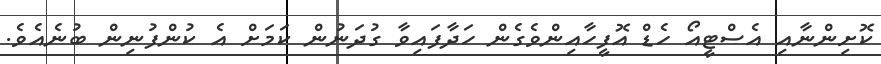
ކޮށިންނާއި އެސްޓީއޯ ހެޑް އޮފީހާއިންވެގެން ހަދާފައިވާ ގުދަނުން ކަމަށް އެ ކުންފުނިން ބުނެއެވެ.